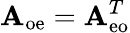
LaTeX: \mathbf{A}_{\mathrm{oe}}=\mathbf{A}_{\mathrm{eo}}^{T}